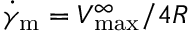
\dot { \gamma } _ { \mathrm { m } } = V _ { \mathrm { m a x } } ^ { \infty } / 4 R